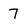
Character: 7